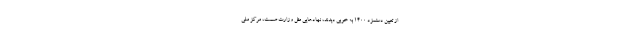
از تعیین دستمزد ۱۴۰۰ به خوبی دیدند، نهادهایی مثل وزارت صمت، مرکز ملی